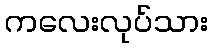
ကလေးလုပ်သား